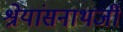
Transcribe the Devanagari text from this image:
श्रेयांसनाथजी